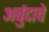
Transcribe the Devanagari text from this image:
अर्बुदाचे